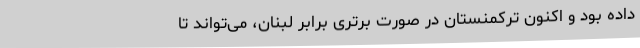
داده بود و اکنون ترکمنستان در صورت برتری برابر لبنان، می‌تواند تا